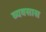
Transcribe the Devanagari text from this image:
व्यवसास